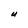
Character: U